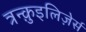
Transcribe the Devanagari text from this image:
त्रन्क़ुइलिज़ेर्स